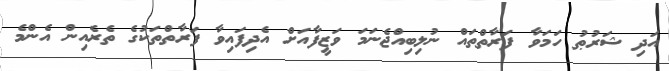
އަދި ޝަރުޠު ހަމަވާ ފަރާތްތައް ނުލިބިއްޖެނަމަ ވަޒީފާއަށް އެދިފައިވާ ފަރާތްތަކުގެ ތެރެއިން އެންމެ